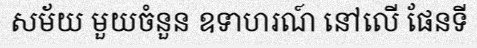
សម័យ មួយចំនួន ឧទាហរណ៍ នៅលើ ផែនទី